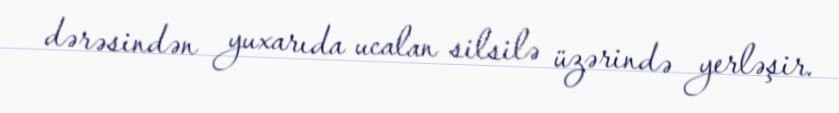
dərəsindən yuxarıda ucalan silsilə üzərində yerləşir.